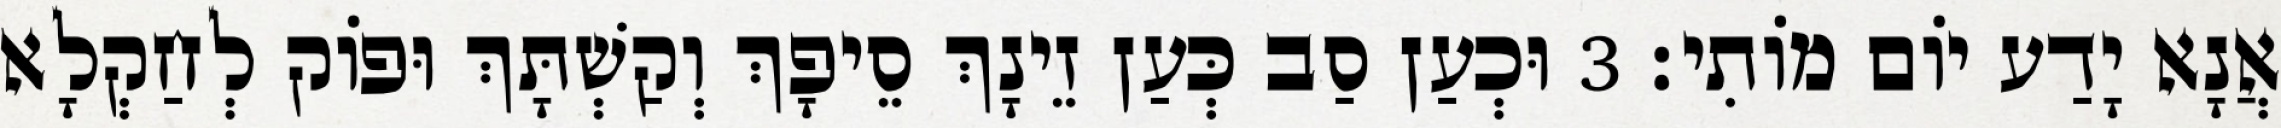
אֲנָא יָדַע יוֹם מוֹתִי׃ 3 וּכְעַן סַב כְּעַן זֵינָךְ סֵיפָךְ וְקַשְׁתָּךְ וּפוֹק לְחַקְלָא